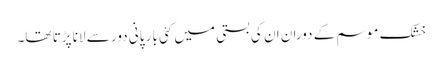
خشک موسم کے دوران ان کی بستی میں کئی بار پانی دور سے لانا پڑتا تھا۔